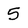
Character: 5